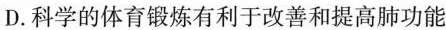
D.科学的体育锻炼有利于改善和提高肺功能